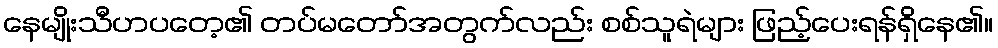
နေမျိုးသီဟပတေ့၏ တပ်မတော်အတွက်လည်း စစ်သူရဲများ ဖြည့်ပေးရန်ရှိနေ၏။